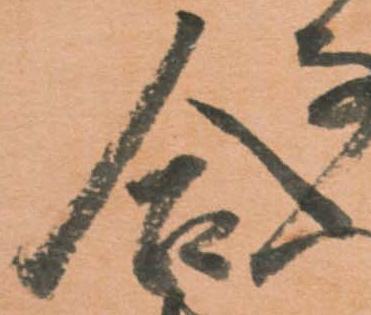
合